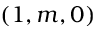
( 1 , m , 0 )